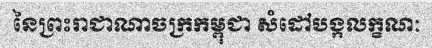
នៃព្រះរាជាណាចក្រកម្ពុជា សំដៅបង្កលក្ខណៈ